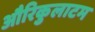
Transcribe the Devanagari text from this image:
औरिकुलाटम